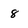
Character: 8